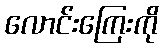
လောင်းကြေးကို